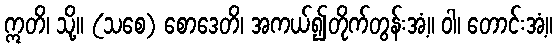
ဣတိ၊ သို့။ (သစေ) စောဒေတိ၊ အကယ်၍တိုက်တွန်းအံ့။ ဝါ၊ တောင်းအံ့။